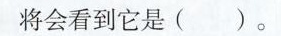
将会看到它是()。